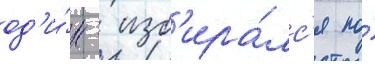
од'и́н - изб'ира́лс'я по́